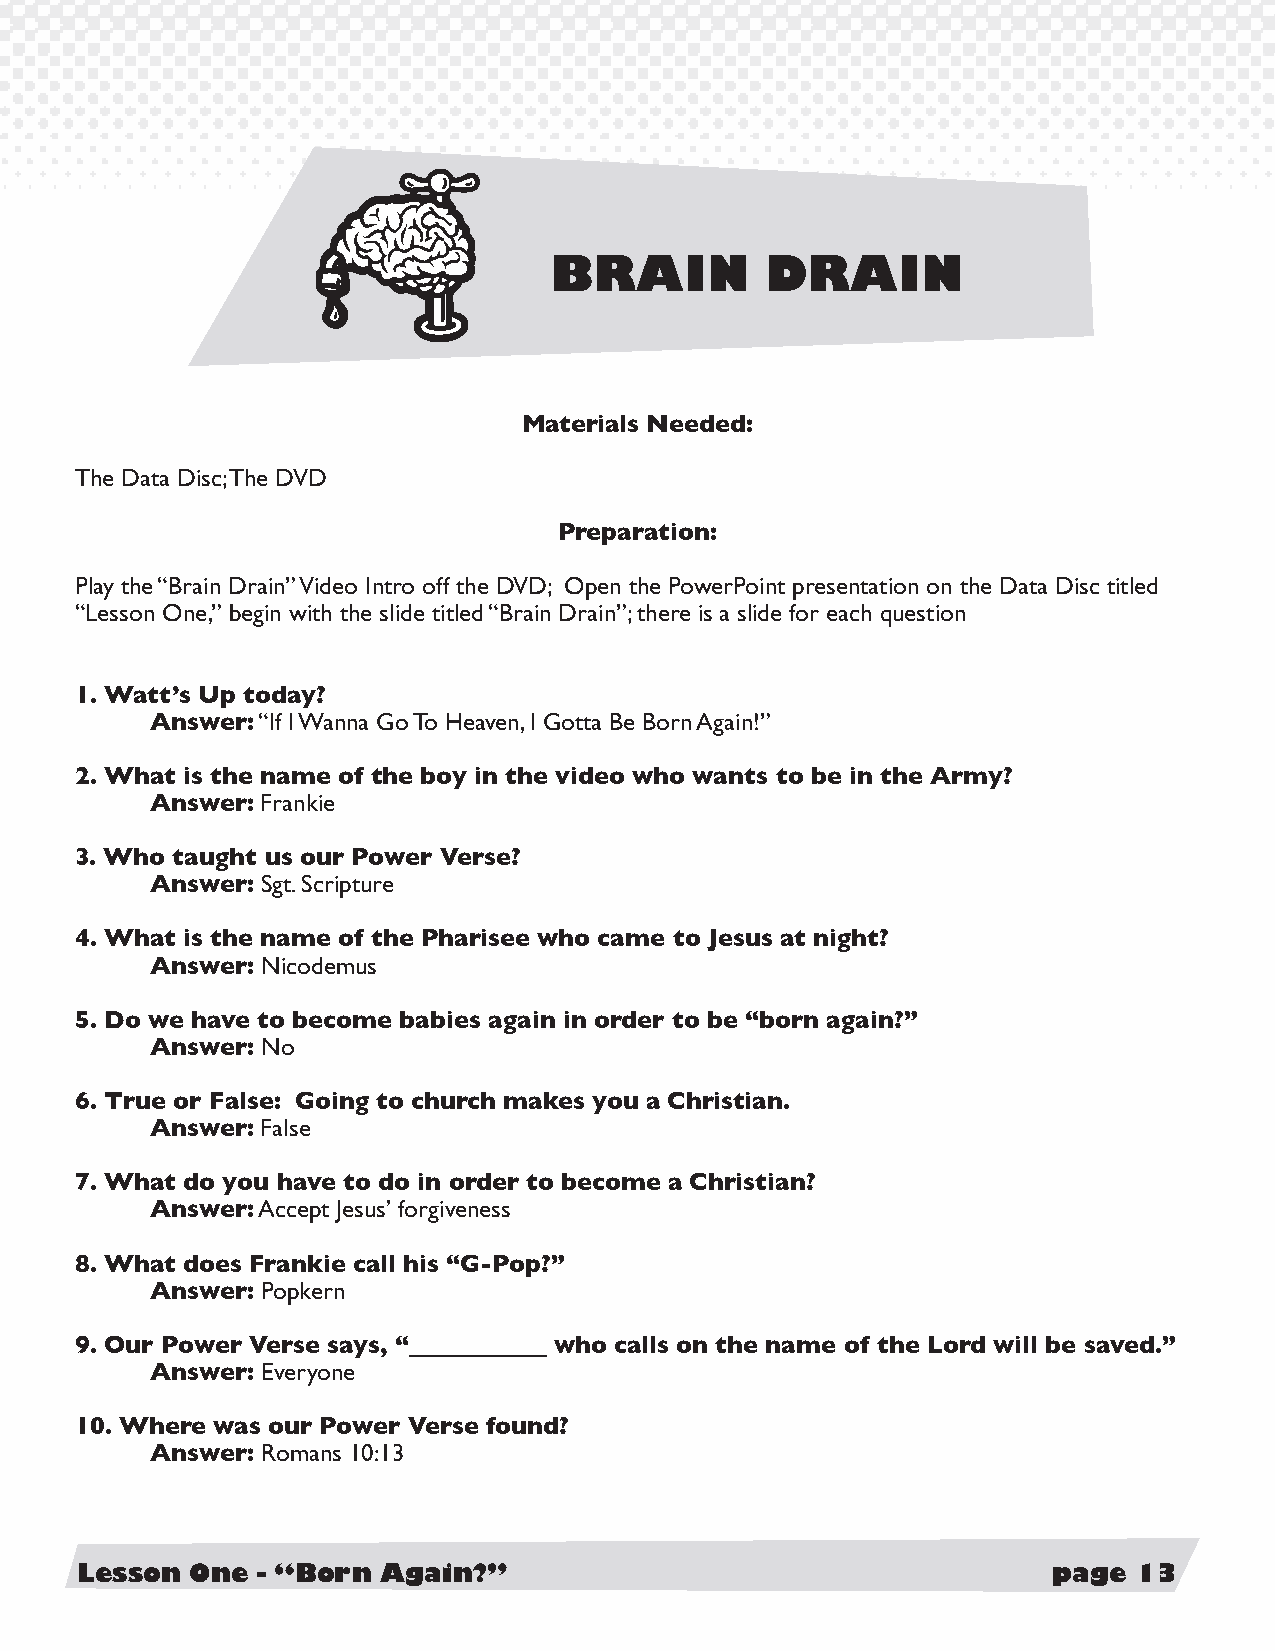
BRAIN         DRAIN
 Materials Needed:
 The Data Disc; The DVD
 Preparation:
 Play the “Brain Drain” Video Intro off the DVD; Open the PowerPoint presentation on the Data Disc titled
 “Lesson One,” begin with the slide titled “Brain Drain”; there is a slide for each question
 1. Watt’s Up today?
 Answer: “If I Wanna Go To Heaven, I Gotta Be Born Again!”
 2. What is the name of the boy in the video who wants to be in the Army?
 Answer: Frankie
 3. Who taught us our Power Verse?
 Answer: Sgt. Scripture
 4. What is the name of the Pharisee who came to Jesus at night?
 Answer: Nicodemus
 5. Do we have to become babies again in order to be “born again?”
 Answer: No
 6. True or False: Going to church makes you a Christian.
 Answer: False
 7. What do you have to do in order to become a Christian?
 Answer: Accept Jesus’ forgiveness
 8. What does Frankie call his “G-Pop?”
 Answer: Popkern
 9. Our Power Verse says, “___________ who calls on the name of the Lord will be saved.”
 Answer: Everyone
 10. Where was our Power Verse found?
 Answer: Romans 10:13
 Lesson  One - “Born Again?”                                      page 13